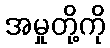
အမှုတို့ကို